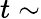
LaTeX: t\sim